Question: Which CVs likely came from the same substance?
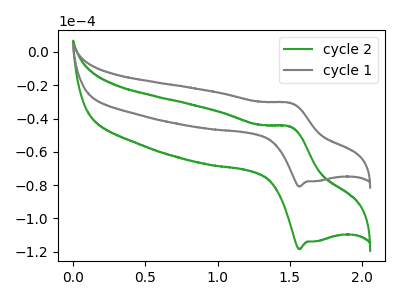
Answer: <think>The green curve "cycle 2" has an anodic peak at (1.50V, -44.95uA) and a cathodic peak at (1.55V, -118.50uA). The gray curve "cycle 1" has an anodic peak at (1.50V, -30.65uA) and a cathodic peak at (1.55V, -80.85uA).
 All the peaks in "cycle 2" have a peak in "cycle 1" at the same potential.</think>
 <answer>"cycle 1" and "cycle 2" have the same shape and are likely CV's of the same chemical.</answer>
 <eval>"cycle 1" "cycle 2"</eval>